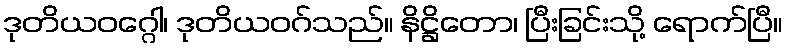
ဒုတိယဝဂ္ဂေါ၊ ဒုတိယဝဂ်သည်။ နိဋ္ဌိတော၊ ပြီးခြင်းသို့ ရောက်ပြီ။